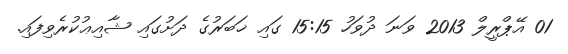
01 އޭޕްރީލް 2013 ވަނަ ދުވަހު 15:15 ގައި ޚަބަރުގެ ދަށުގައި ޝާއިޢުކުރެވިފައި.